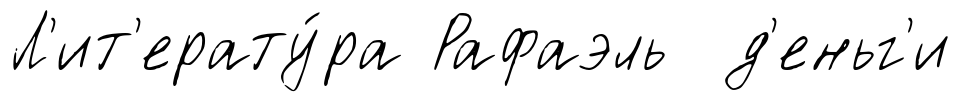
Л'ит'ерату́ра Рафаэль д'еньг'и